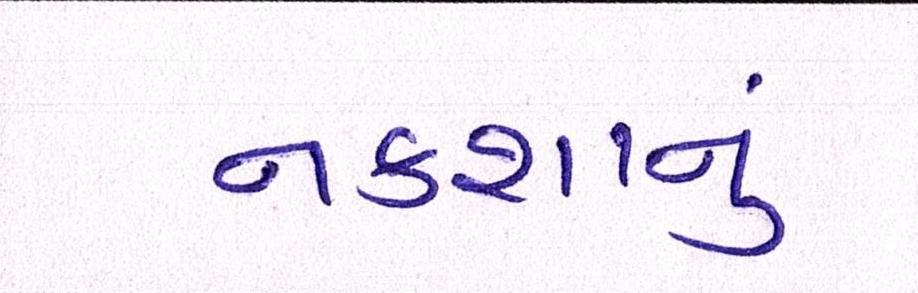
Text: નકશાનું